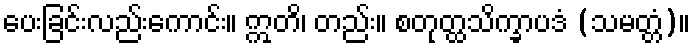
ပေးခြင်းလည်းကောင်း။ ဣတိ၊ တည်း။ စတုတ္ထသိက္ခာပဒံ (သမတ္တံ)။